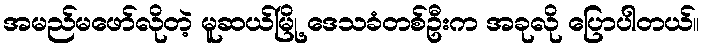
အမည်မဖော်လိုတဲ့ မူဆယ်မြို့ ဒေသခံတစ်ဦးက အခုလို ပြောပါတယ်။